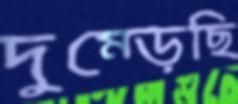
দুম্‌ড়েছি